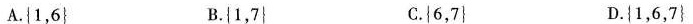
A.{1，6} B.{1，7} C.{6，7} D.{1，6，7}